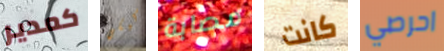
كمدير كيكي مصابة كانت احرصي